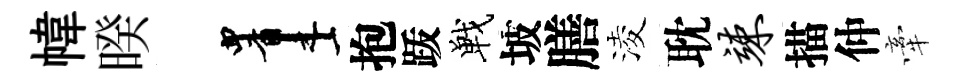
幃暌画抱䟦戰坡膳淩耽竦描仲牽